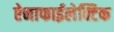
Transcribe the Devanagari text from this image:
ऐनाफाईलेक्टिक